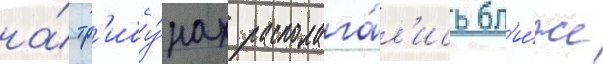
на́ тр'ибу́нах располага́л'ись бл'и́же